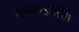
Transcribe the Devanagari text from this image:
संव्यवहारिक